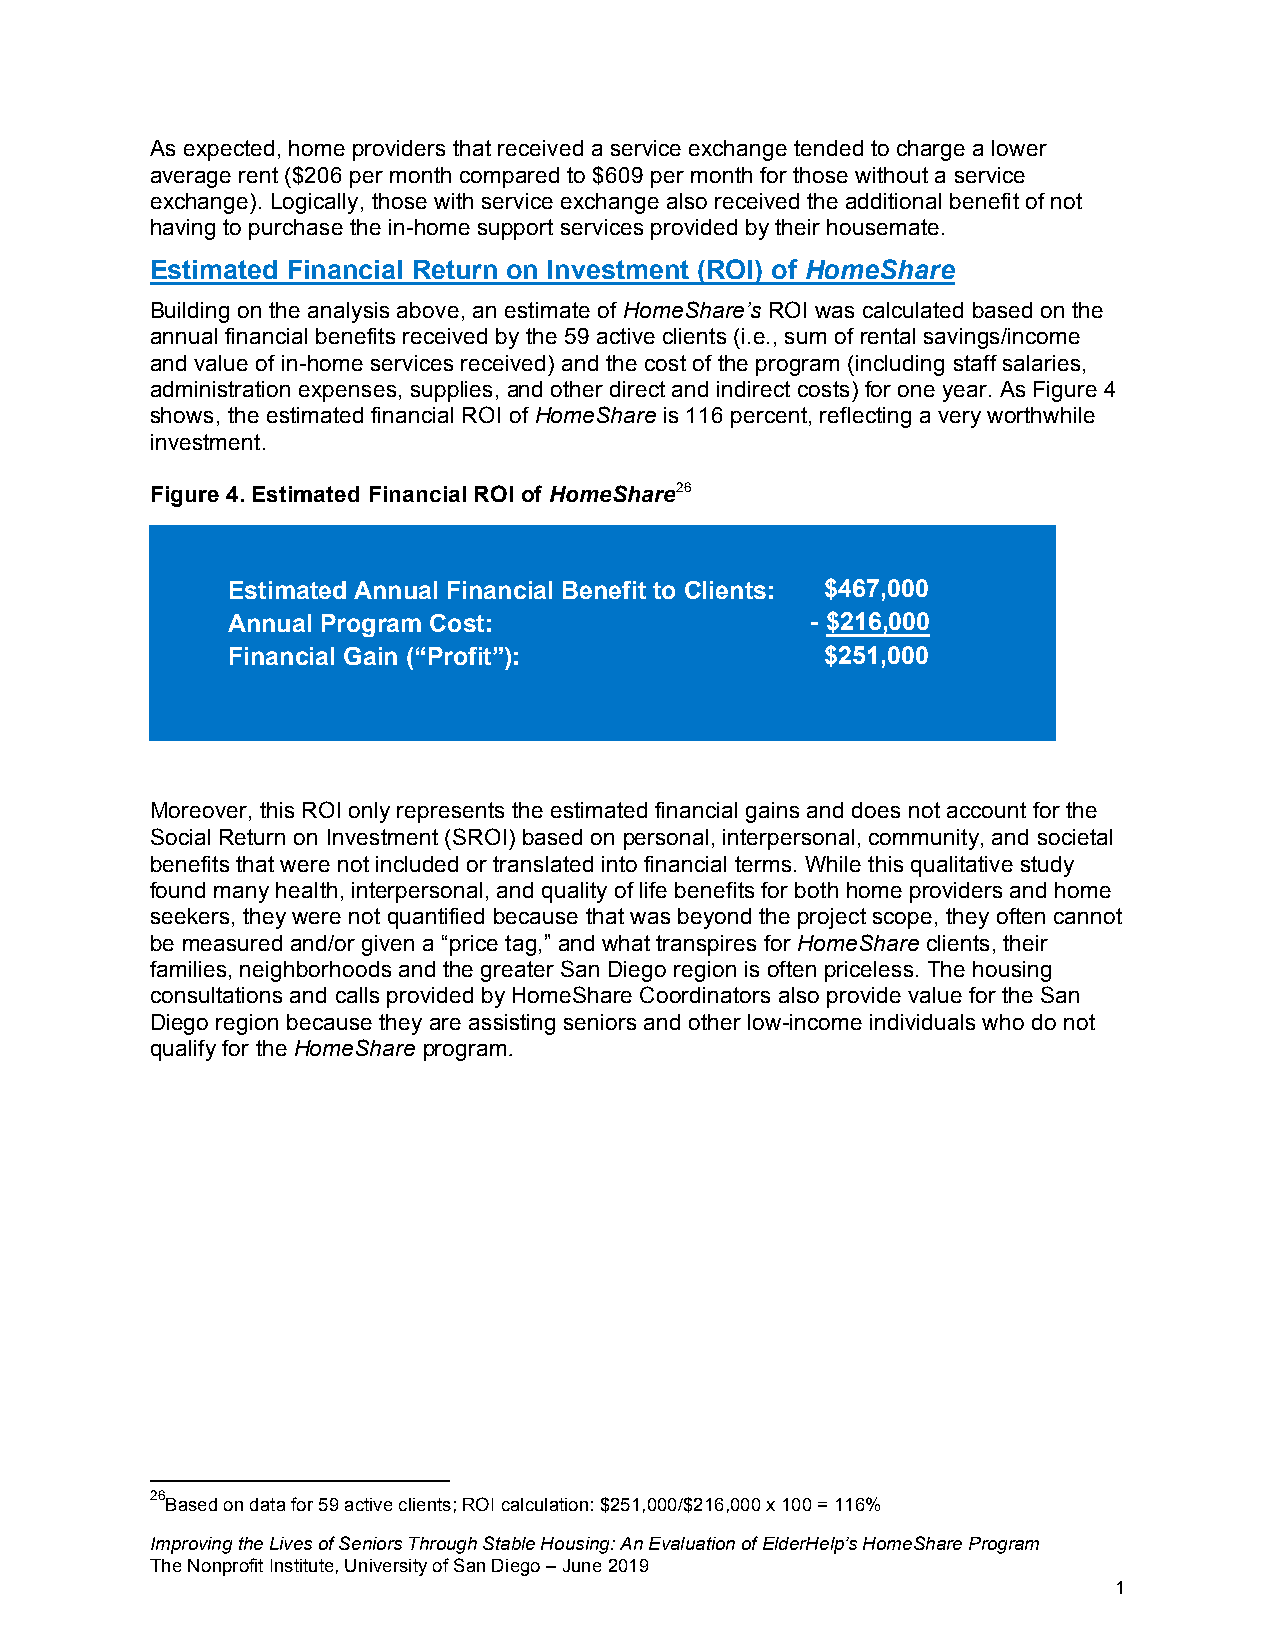
As expected, home providers that received a service exchange tended to charge a lower
 average rent ($206 per month compared to $609 per month for those without a service
 exchange). Logically, those with service exchange also received the additional benefit of not
 having to purchase the in-home support services provided by their housemate.
 Estimated Financial Return on Investment (ROI) of HomeShare
 Building on the analysis above, an estimate of HomeShare’s ROI was calculated based on the
 annual financial benefits received by the 59 active clients (i.e., sum of rental savings/income
 and value of in-home services received) and the cost of the program (including staff salaries,
 administration expenses, supplies, and other direct and indirect costs) for one year. As Figure 4
 shows, the estimated financial ROI of HomeShare is 116 percent, reflecting a very worthwhile
 investment.
 Figure 4. Estimated Financial ROI of HomeShare26
 Estimated Annual Financial Benefit to Clients: $467,000
 Annual Program Cost:                   - $216,000
 Financial Gain (“Profit”):              $251,000
 Moreover, this ROI only represents the estimated financial gains and does not account for the
 Social Return on Investment (SROI) based on personal, interpersonal, community, and societal
 benefits that were not included or translated into financial terms. While this qualitative study
 found many health, interpersonal, and quality of life benefits for both home providers and home
 seekers, they were not quantified because that was beyond the project scope, they often cannot
 be measured and/or given a “price tag,” and what transpires for HomeShare clients, their
 families, neighborhoods and the greater San Diego region is often priceless. The housing
 consultations and calls provided by HomeShare Coordinators also provide value for the San
 Diego region because they are assisting seniors and other low-income individuals who do not
 qualify for the HomeShare program.
 26
 Based on data for 59 active clients; ROI calculation: $251,000/$216,000 x 100 = 116%
 Improving the Lives of Seniors Through Stable Housing: An Evaluation of ElderHelp’s HomeShare Program
 The Nonprofit Institute, University of San Diego – June 2019
 1
 6